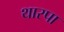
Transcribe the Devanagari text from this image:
थारपा